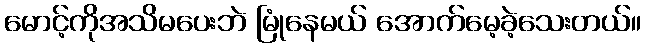
မောင့်ကိုအသိမပေးဘဲ မြုံနေမယ် အောက်မေ့ခဲ့သေးတယ်။